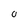
Character: O